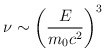
\begin{align*}\nu \sim \left( \frac{E}{m_{0}c^{2}}\right) ^{3} \end{align*}